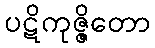
ပဋိကုဇ္ဇိတော